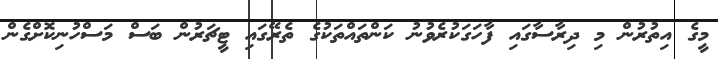
މީގެ އިތުރުން މި ދިރާސާގައި ފާހަގަކުރެވުނު ކަންތައްތަކުގެ ތެރޭގައި ޓީޗަރުން ބަސް މަސްހުނިކޮށްގެން